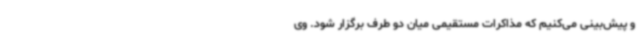
و پیش‌بینی می‌کنیم که مذاکرات مستقیمی میان دو طرف برگزار شود. وی